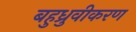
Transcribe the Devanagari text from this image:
बहुध्रुवीकरण